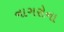
નાગરોના